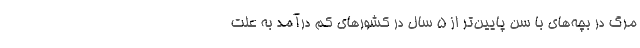
مرگ در بچه‌های با سن پایین‌تر از ۵ سال در کشورهای کم درآمد به علت